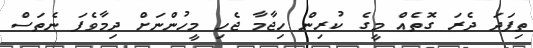
ތިފަދަ ދެރަ ގޮތެއް މީގެ ކުރިން ހިޖާމާ ޖެހި މީހުންނަށް ދިމާވެފަ ނެތަސް